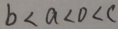
b < a < 0 < c